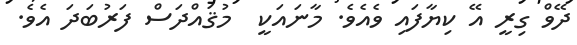
ދޭވް ގިރީ އޭ ކިޔާފައި ވެއެވެ. މާނައަކީ  މުޤައްދަސް ފަރުބަދަ އެވެ.